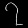
Digit: ၇